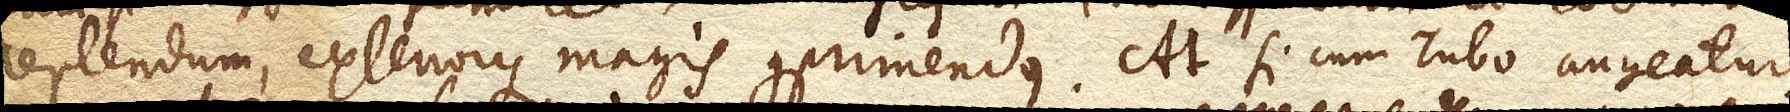
replendum, exteriorque magis comprimendus. At si cum Tubo augeatur